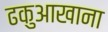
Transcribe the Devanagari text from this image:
ढकुआखाना